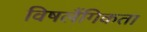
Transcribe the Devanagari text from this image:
विषलैंगिकता